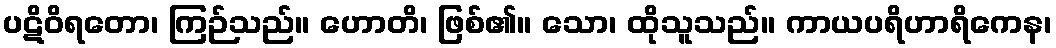
ပဋိဝိရတော၊ ကြဉ်သည်။ ဟောတိ၊ ဖြစ်၏။ သော၊ ထိုသူသည်။ ကာယပရိဟာရိကေန၊